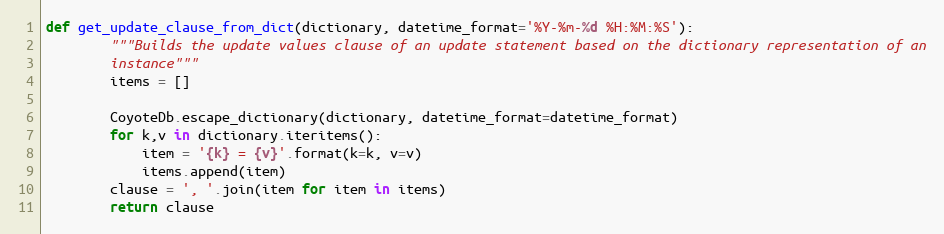
Language: Python
def get_update_clause_from_dict(dictionary, datetime_format='%Y-%m-%d %H:%M:%S'):
        """Builds the update values clause of an update statement based on the dictionary representation of an
        instance"""
        items = []

        CoyoteDb.escape_dictionary(dictionary, datetime_format=datetime_format)
        for k,v in dictionary.iteritems():
            item = '{k} = {v}'.format(k=k, v=v)
            items.append(item)
        clause = ', '.join(item for item in items)
        return clause